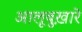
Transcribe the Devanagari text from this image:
आलूबुख़ारे